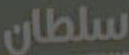
سلطان